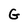
Character: G